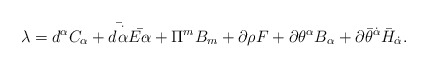
\begin{align*}\lambda = d^{\alpha}C_{\alpha} + \bar{d^{\dot\alpha}}\bar{E_{\dot\alpha}} + \Pi^{m}B_{m} + \partial\rho F+\partial\theta^{\alpha}B_{\alpha} + \partial{\bar\theta}^{\dot\alpha}{\bar H}_{\dot\alpha}.\end{align*}